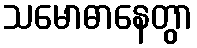
သမောဓာနေတွာ